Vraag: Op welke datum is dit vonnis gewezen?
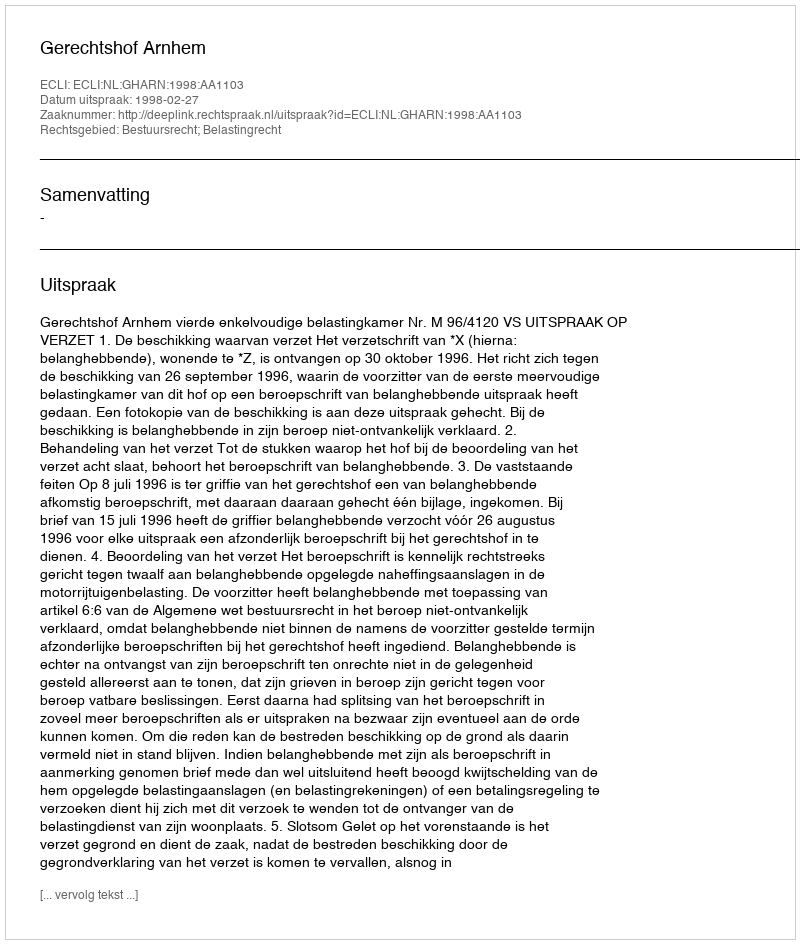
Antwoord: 1998-02-27